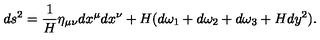
d s ^ { 2 } = \frac { 1 } { H } \eta _ { \mu \nu } d x ^ { \mu } d x ^ { \nu } + H ( d \omega _ { 1 } + d \omega _ { 2 } + d \omega _ { 3 } + H d y ^ { 2 } ) .